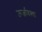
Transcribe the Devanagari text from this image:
ऊर्जावस्था